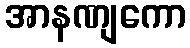
အာနဏျကော